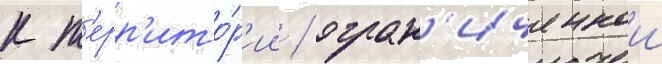
к т'ерр'ито́р'ии / огран'иченнои